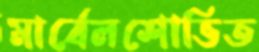
মার্বেলশোভিত